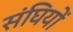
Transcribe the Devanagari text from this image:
संघियों